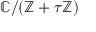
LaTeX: \mathbb { C } / ( \mathbb { Z } + \tau \mathbb { Z } )